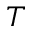
T